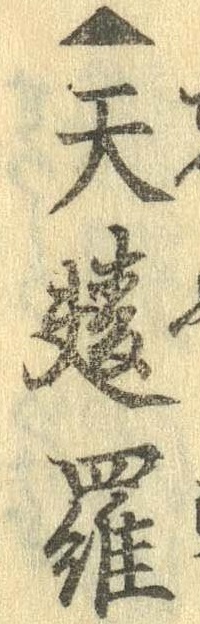
▲天麩羅